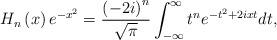
LaTeX: \begin{align*}H_{n}\left(x\right)e^{-x^{2}}=\frac{\left(-2i\right)^{n}}{\sqrt{\pi}}\int_{-\infty}^{\infty}t^{n}e^{-t^{2}+2ixt}dt,\end{align*}